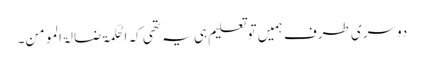
دوسری طرف ہمیں تو تعلیم ہی یہ تھی کہ الحکمۃ ضا لۃ المومن۔